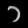
Digit: ၁